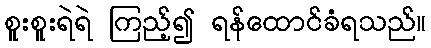
စူးစူးရဲရဲ ကြည့်၍ ရန်ထောင်ခံရသည်။